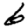
Digit: 6